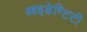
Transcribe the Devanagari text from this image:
आइडेण्टिटी